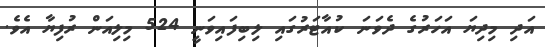
އަދި މިދިޔަ އަހަރުގެ ދެވަނަ ކުއާޓަރުގައި ލިބިފައިވަނީ 524 މިލިއަން ރުފިޔާ އެވެ.